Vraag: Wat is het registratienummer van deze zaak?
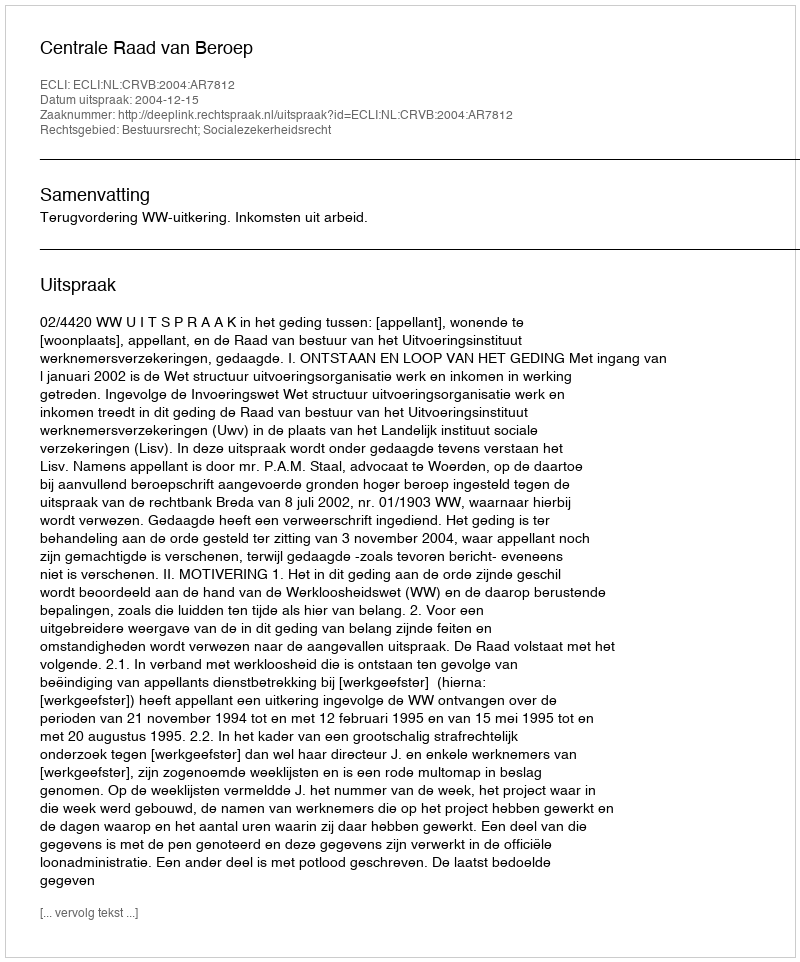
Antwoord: http://deeplink.rechtspraak.nl/uitspraak?id=ECLI:NL:CRVB:2004:AR7812